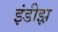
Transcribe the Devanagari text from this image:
इंडीझ़़